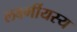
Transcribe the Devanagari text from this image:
लर्क्ष्मीयस्य